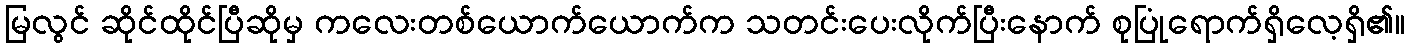
မြလွင် ဆိုင်ထိုင်ပြီဆိုမှ ကလေးတစ်ယောက်ယောက်က သတင်းပေးလိုက်ပြီးနောက် စုပြုံရောက်ရှိလေ့ရှိ၏။